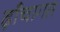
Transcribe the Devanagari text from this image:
ढ़ाँचागत